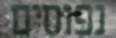
נפוסים